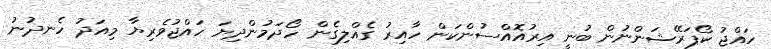
ހައްޖު ކޯޕަރޭޝަންނުން ބުނީ އިރުއޮއްސުންކަން ހާއިރު ގެއްލިގެން ހޯދަމުންދިޔަ ހައްޖުވެރިޔާ މިއަދު ހެނދުނު